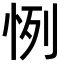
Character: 㤡